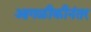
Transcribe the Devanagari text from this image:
आगळीकीनंतर